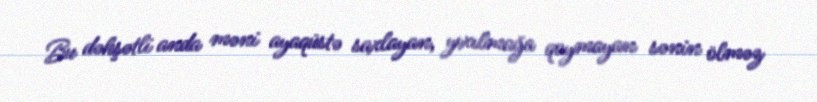
Bu dəhşətli anda məni ayaqüstə saxlayan, yıxılmağa qoymayan sənin ölməz